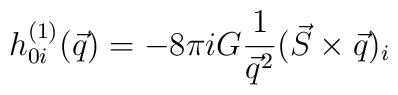
h_{0i}^{(1)}(\vec{q})=-8\pi i G{1\over \vec{q}^2}(\vec{S}\times\vec{q})_i